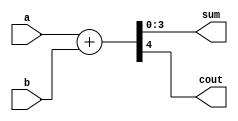
module add4(a, b, sum, cout);
	input [3:0] a, b; 
	output reg [3:0] sum; //adder result;
	output reg cout; //output wire for carryout bit
	
	wire [4:0] sum1; //define a bus wider than 4bits to accomodate carrybit

	assign sum1 = a + b;
	assign cout = sum1[4]; //assign carryout bit
	assign sum = sum1[3:0]; //final result
	
endmodule